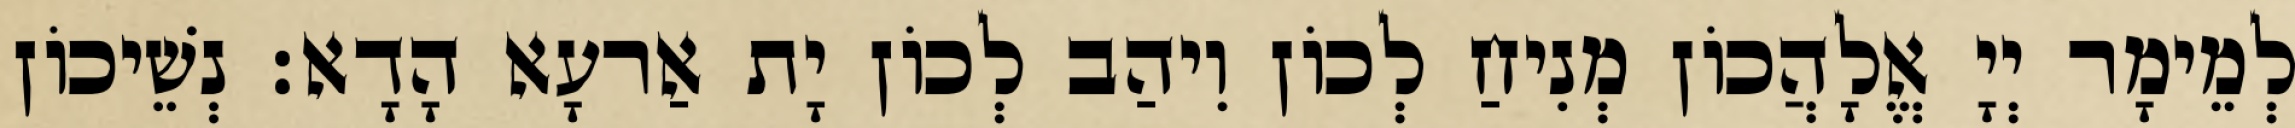
לְמֵימָר יְיָ אֱלָהֲכוֹן מְנִיחַ לְכוֹן וִיהַב לְכוֹן יָת אַרעָא הָדָא׃ נְשֵׁיכוֹן